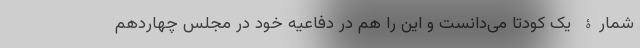
شمارۀ یک کودتا می‌دانست و این را هم در دفاعیه خود در مجلس چهاردهم